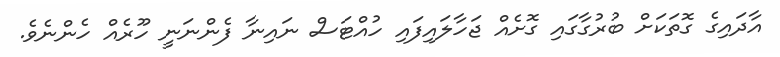
އާދައިގެ ގޮތަކަށް ބުރުގާގައި ގޮށެއް ޖަހާލައިފައި ހުއްޓަސް ނައިނާ ފެންނަނީ ހޫރެއް ހެންނެވެ.